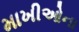
માખીઓના